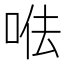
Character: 𠳷